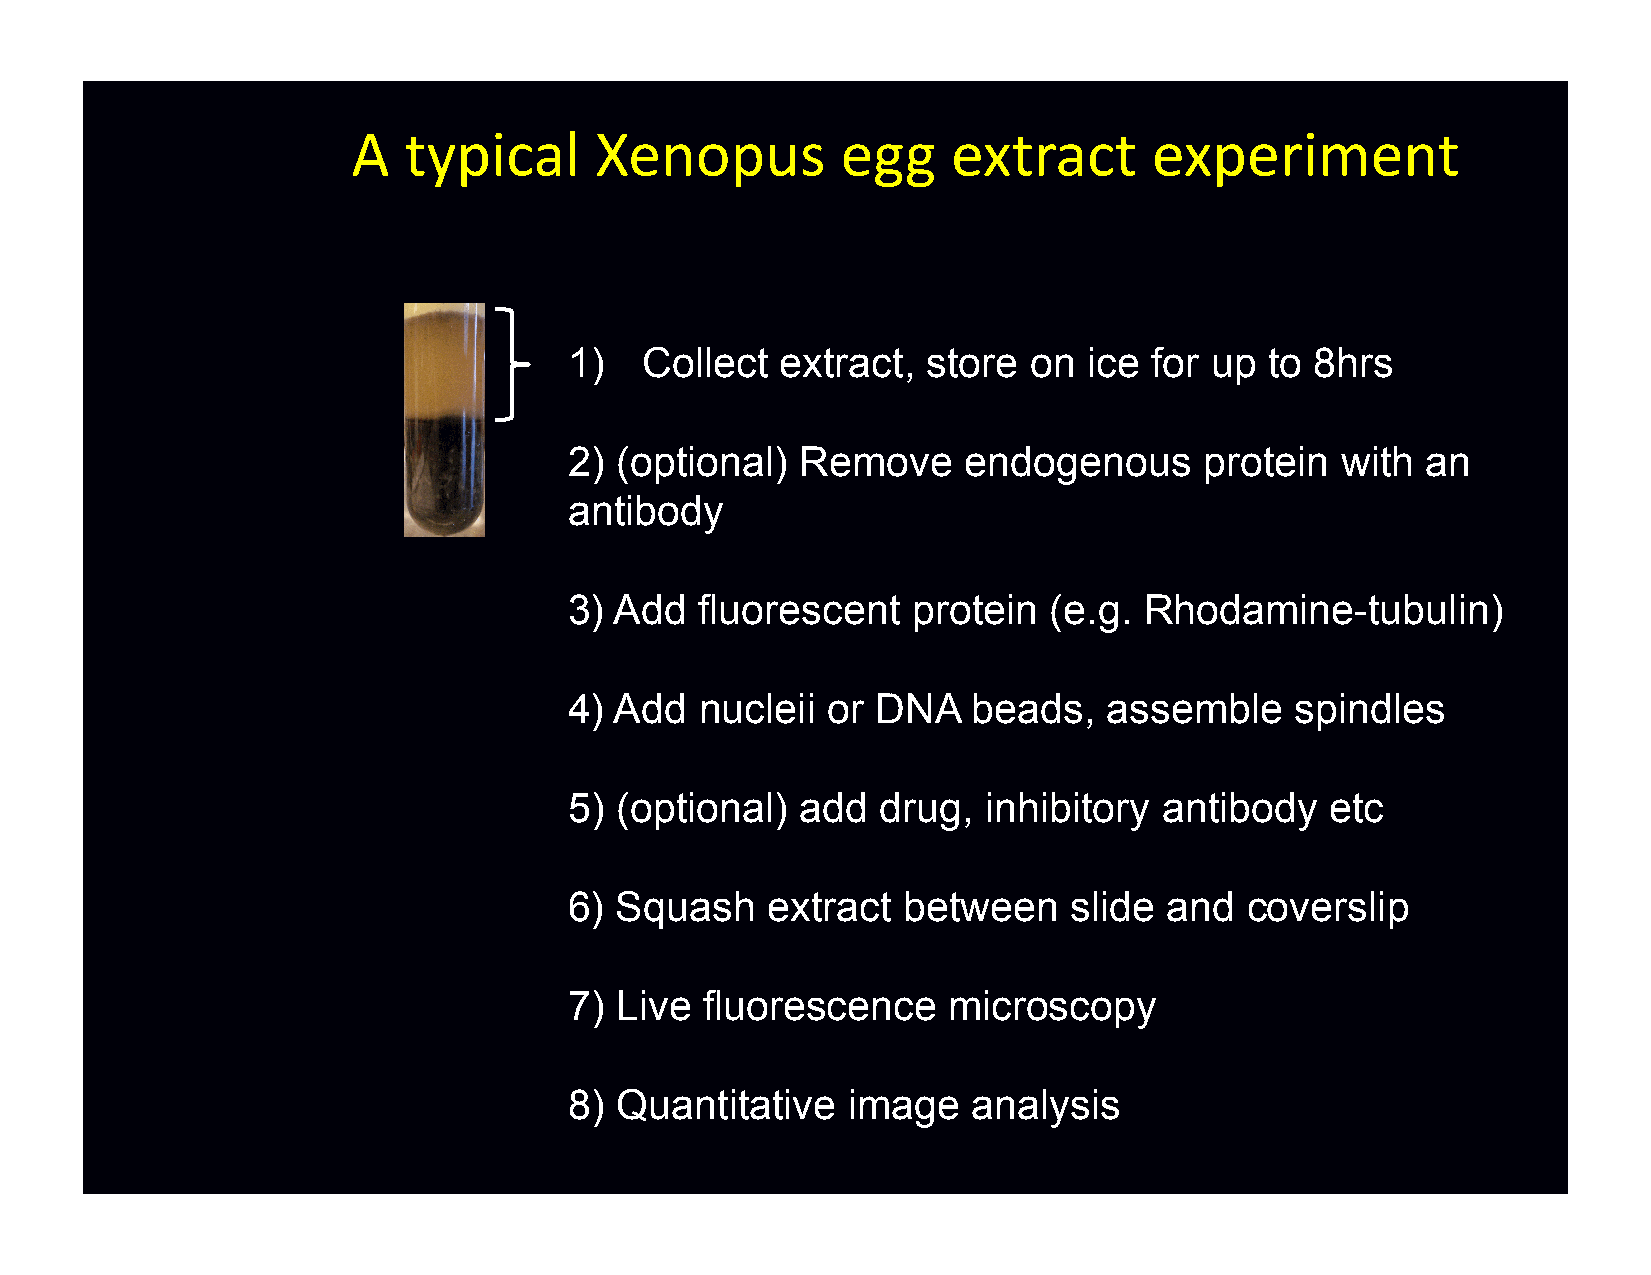
A   typical     Xenopus          egg    extract      experiment
 1)   Collect  extract, store  on  ice for up  to 8hrs
 2) (optional)  Remove     endogenous      protein  with an
 antibody
 3) Add  fluorescent   protein  (e.g.  Rhodamine-tubulin)
 4) Add  nucleii  or DNA   beads,   assemble     spindles
 5) (optional)  add  drug,  inhibitory  antibody   etc
 6) Squash    extract  between    slide and  coverslip
 7) Live  fluorescence    microscopy
 8) Quantitative   image   analysis